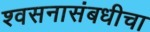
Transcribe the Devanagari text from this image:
श्वसनासंबधीचा